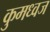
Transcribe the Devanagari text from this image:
कुमध्वज